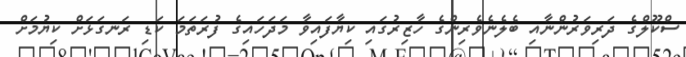
ސްކޫލްގެ ދަރިވަރުންނާއި ބެލެނެވެރިންގެ ހާޒިރުގައި ކިޔާފައިވާ މަދަހައިގެ ފުރަތަމަ ކަޑި ރަނގަޅަށް ކިޔުމަށް